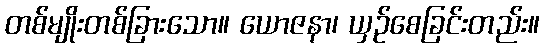
တစ်မျိုးတစ်ခြားသော။ ယောဇနာ၊ ယှဉ်စေခြင်းတည်း။